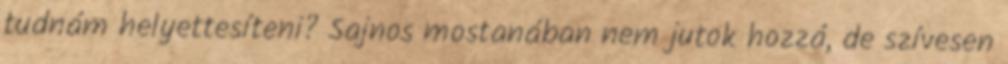
tudnám helyettesíteni? Sajnos mostanában nem jutok hozzá, de szívesen